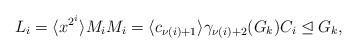
LaTeX: \begin{align*} L_i = \langle x^{2^i} \rangle M_i M_i = \langle c_{\nu(i)+1} \rangle \gamma_{\nu(i)+2}(G_k) C_i \trianglelefteq G_k, \end{align*}